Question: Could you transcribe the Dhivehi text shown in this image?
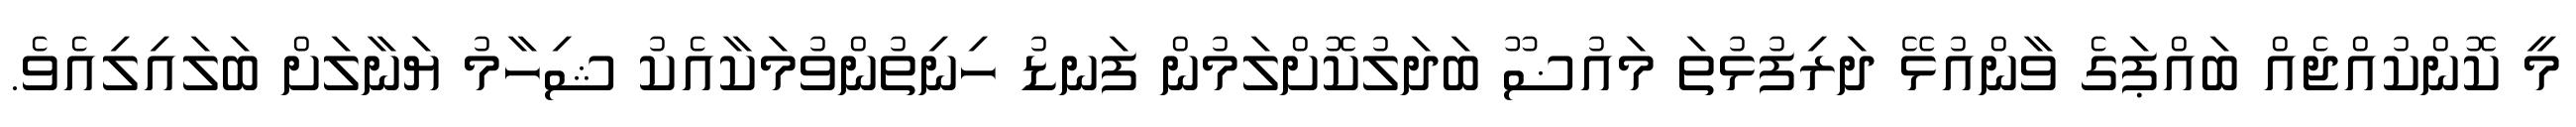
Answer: މީ ކޮންކުއްޖެއް ބައްޕަގެ ވާންއުޅޭ ދަރިފުޅުތަ މައުޟޫ ބަދަލުކޮށްލަމުން ފަނޑު ހިނިތުންވުމަކާއެކު ޝިހާމު ޔަނާލަށް ބަލައިލިއެވެ.